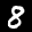
Label: 8